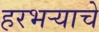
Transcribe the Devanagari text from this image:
हरभर्‍याचे